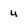
Character: 4